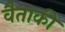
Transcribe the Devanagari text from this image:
वैताकी